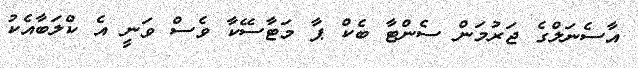
އާސެނަލްގެ ޖަރުމަން ސެންޓާ ބެކް ޕާ މަޓާސޭކާ ވެސް ވަނީ އެ ކްލަބާއެކު